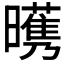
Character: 𣋭